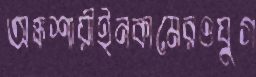
অঙ্কশায়ীইনকামেরওযুগ